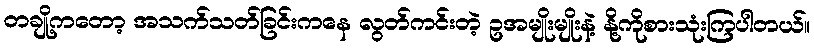
တချို့ကတော့ အသက်သတ်ခြင်းကနေ လွတ်ကင်းတဲ့ ဥအမျိုးမျိုးနဲ့ နို့ကိုစားသုံးကြပါတယ်။